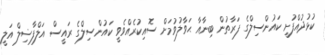
ކުޅުދުއްފުށީ ކައުންސިލްގެ ފަރާތުން ބިނާއާ ޙަވާލުވުމަށް ސޮއިކުރެއްވެވީ ކައުންސިލްގެ ރައީސް އަލްފާޟިލް އަލީ